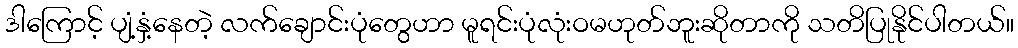
ဒါကြောင့် ပျံ့နှံ့နေတဲ့ လက်ချောင်းပုံတွေဟာ မူရင်းပုံလုံးဝမဟုတ်ဘူးဆိုတာကို သတိပြုနိုင်ပါတယ်။